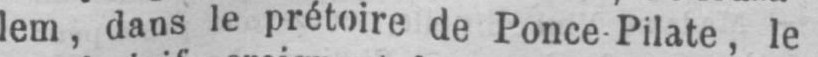
lem, dans le prétoire de Ponce Pilate, le